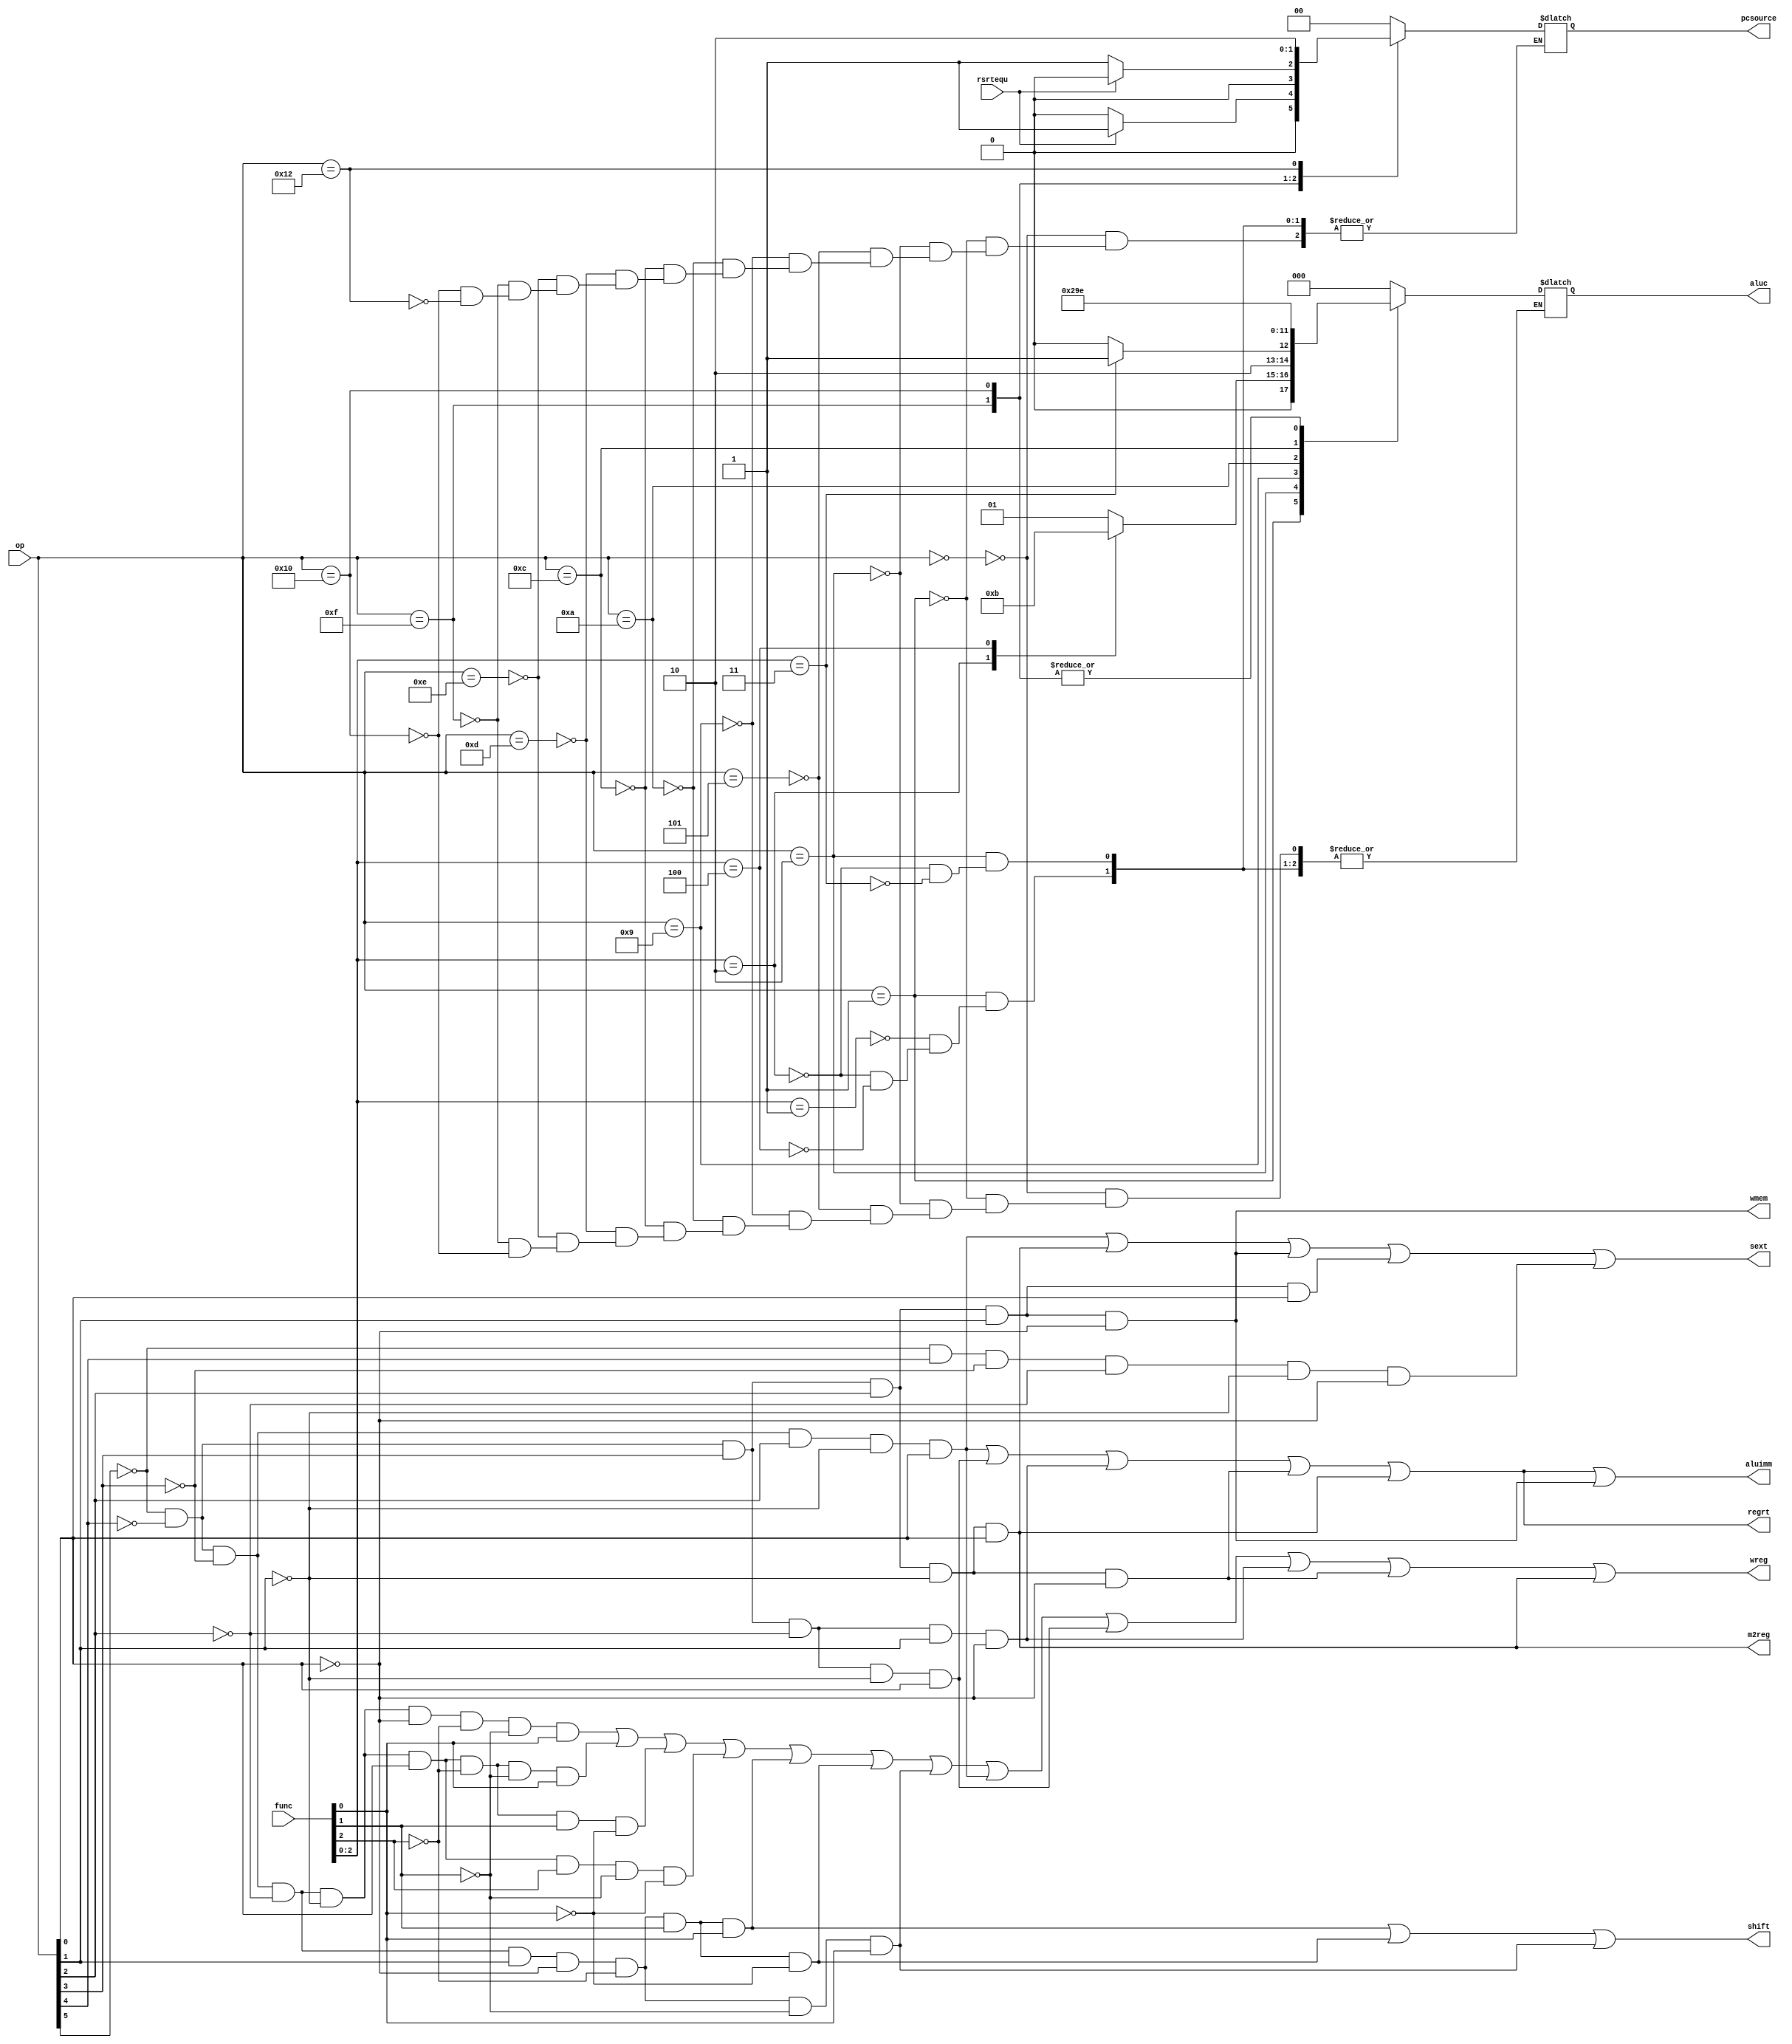
`timescale 1ns / 1ps
//////////////////////////////////////////////////////////////////////////////////
// Company: 
// Engineer: 
// 
// Design Name: 
// Module Name:    Control_Unit 
// Project Name: 
// Target Devices: 
// Tool versions: 
// Description: 
//
// Dependencies: 
//
// Revision: 
// Revision 0.01 - File Created
// Additional Comments: 
//
//////////////////////////////////////////////////////////////////////////////////
module Control_Unit(rsrtequ,func,
	             op,wreg,m2reg,wmem,aluc,regrt,aluimm,
					 sext,pcsource,shift
    );
	 input rsrtequ; 		//ALU0if(r=0)rsrtequ=1
	 input [5:0] func,op;		//
	 output wreg,m2reg,wmem,regrt,aluimm,sext,shift;
     /*
     * wreg:
     * m2reg:1regALU
     * wmem:memory
     * regrt:1:rt/0:rd
     * aluimm:alubimm
     * sext:1
     */
	 output [2:0] aluc;		//ALU
	 output [1:0] pcsource;		//PC
	 
	 reg [2:0] aluc;
	 reg [1:0] pcsource;
	 
	 wire i_add,i_and,i_or,i_xor,i_sll,i_srl,i_sra;            //
	 wire i_addi,i_andi,i_ori,i_xori;		//
	 wire i_lw,i_sw;		//
	 wire i_beq,i_bne;		//branch
	 wire i_j;		//jump

    /////////////////////////////////////////////////////////////////////////////////////////////////////
	 and(i_add,~op[5],~op[4],~op[3],~op[2],~op[1],~op[0],~func[2],~func[1],func[0]);		//add
	 and(i_and,~op[5],~op[4],~op[3],~op[2],~op[1],op[0],~func[2],~func[1],func[0]);		//and
	 and(i_or,~op[5],~op[4],~op[3],~op[2],~op[1],op[0],~func[2],func[1],~func[0]);		//or
	 and(i_xor,~op[5],~op[4],~op[3],~op[2],~op[1],op[0],func[2],~func[1],~func[0]);		//xor
	 
	 and(i_sra,~op[5],~op[4],~op[3],~op[2],op[1],~op[0],~func[2],~func[1],func[0]);		//sra
	 and(i_srl,~op[5],~op[4],~op[3],~op[2],op[1],~op[0],~func[2],func[1],~func[0]);		//srl
	 and(i_sll,~op[5],~op[4],~op[3],~op[2],op[1],~op[0],~func[2],func[1],func[0]);		//sll
	 
	 and(i_addi,~op[5],~op[4],~op[3],op[2],~op[1],op[0]);		//addi
	 and(i_andi,~op[5],~op[4],op[3],~op[2],~op[1],op[0]);		//andi
	 and(i_ori,~op[5],~op[4],op[3],~op[2],op[1],~op[0]);		//ori
	 and(i_xori,~op[5],~op[4],op[3],op[2],~op[1],~op[0]);		//xori
	 
	 and(i_lw,~op[5],~op[4],op[3],op[2],~op[1],op[0]);		//load
	 and(i_sw,~op[5],~op[4],op[3],op[2],op[1],~op[0]);		//store

	 and(i_beq,~op[5],~op[4],op[3],op[2],op[1],op[0]);		//beq
	 and(i_bne,~op[5],op[4],~op[3],~op[2],~op[1],~op[0]);		//bne

	 and(i_j,~op[5],op[4],~op[3],~op[2],op[1],~op[0]);		//jump

	 wire i_rs=i_add|i_and|i_or|i_xor|i_addi|i_andi|i_ori|i_xori|i_lw|i_beq|i_bne;		//rs
	 wire i_rt=i_add|i_and|i_or|i_xor|i_sra|i_srl|i_sll|i_sw|i_beq|i_bne;		//rt
	 
    /////////////////////////////////////////////////////////////////////////////////////////////////////
    assign wreg=i_add|i_and|i_or|i_xor|i_sll|i_srl|i_sra|i_addi|i_andi|i_ori|i_xori|i_lw;		//
	 assign regrt=i_addi|i_andi|i_ori|i_xori|i_lw;    //regrt1rtrd
	 assign m2reg=i_lw;  //1ALU
	 assign shift=i_sll|i_srl|i_sra;//ALUa1ALUainst[19:15]
	 assign aluimm=i_addi|i_andi|i_ori|i_xori|i_lw|i_sw;//ALUb1ALUb
 	 assign sext=i_addi|i_lw|i_sw|i_beq|i_bne;//1
 	 assign wmem=i_sw;//1

	always @(*)
		case (op)
			6'b000000: begin aluc<=3'b000; pcsource<=2'b00; end		//+; pc=pc+4
			6'b000001: 
				case (func[2:0])
					3'b001: begin aluc<=3'b001; pcsource<=2'b00; end		//and; pc=pc+4
					3'b010: begin aluc<=3'b010; pcsource<=2'b00; end		//or; pc=pc+4
					3'b100: begin aluc<=3'b011; pcsource<=2'b00; end		//xor; pc=pc+4
				endcase
			6'b000010: 
				case (func[2:0])
					3'b010: begin aluc<=3'b100; pcsource<=2'b00; end		//srl; pc=pc+4
					3'b011: begin aluc<=3'b101; pcsource<=2'b00; end		//sll; pc=pc+4
				endcase				
			6'b000101: begin aluc<=3'b000; pcsource<=2'b00; end		//addi; pc=pc+4
			6'b001001: begin aluc<=3'b001; pcsource<=2'b00; end		//andi; pc=pc+4
			6'b001010: begin aluc<=3'b010; pcsource<=2'b00; end		//ori; pc=pc+4
			6'b001100: begin aluc<=3'b011; pcsource<=2'b00; end		//xori; pc=pc+4

			6'b001101: begin aluc<=3'b000; pcsource<=2'b00; end		//load; pc=pc+4
			6'b001110: begin aluc<=3'b000; pcsource<=2'b00; end		//store; pc=pc+4
			6'b001111: begin aluc<=3'b110; if(rsrtequ) pcsource<=2'b01; else pcsource<=2'b00; end		//beq; pc=bpc
			6'b010000: begin aluc<=3'b110; if(!rsrtequ) pcsource<=2'b01; else pcsource<=2'b00; end		//beq; pc=bpc
			6'b010010: pcsource<=2'b10;		//beq; pc=jpc
		endcase

endmodule